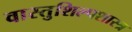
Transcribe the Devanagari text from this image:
वास्तुशिल्पशास्त्र